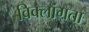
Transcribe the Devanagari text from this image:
विक्लांगता